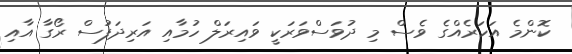
ކޮންމެ އަހަރެއްގެ ވެސް މި ދުވަސްވަރަކީ ވައިރަލް ހުމާއި އަރިދަފުސް ރޯގާ އާއި